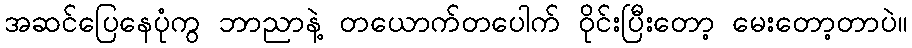
အဆင်ပြေနေပုံကွ ဘာညာနဲ့ တယောက်တပေါက် ဝိုင်းပြီးတော့ မေးတော့တာပဲ။